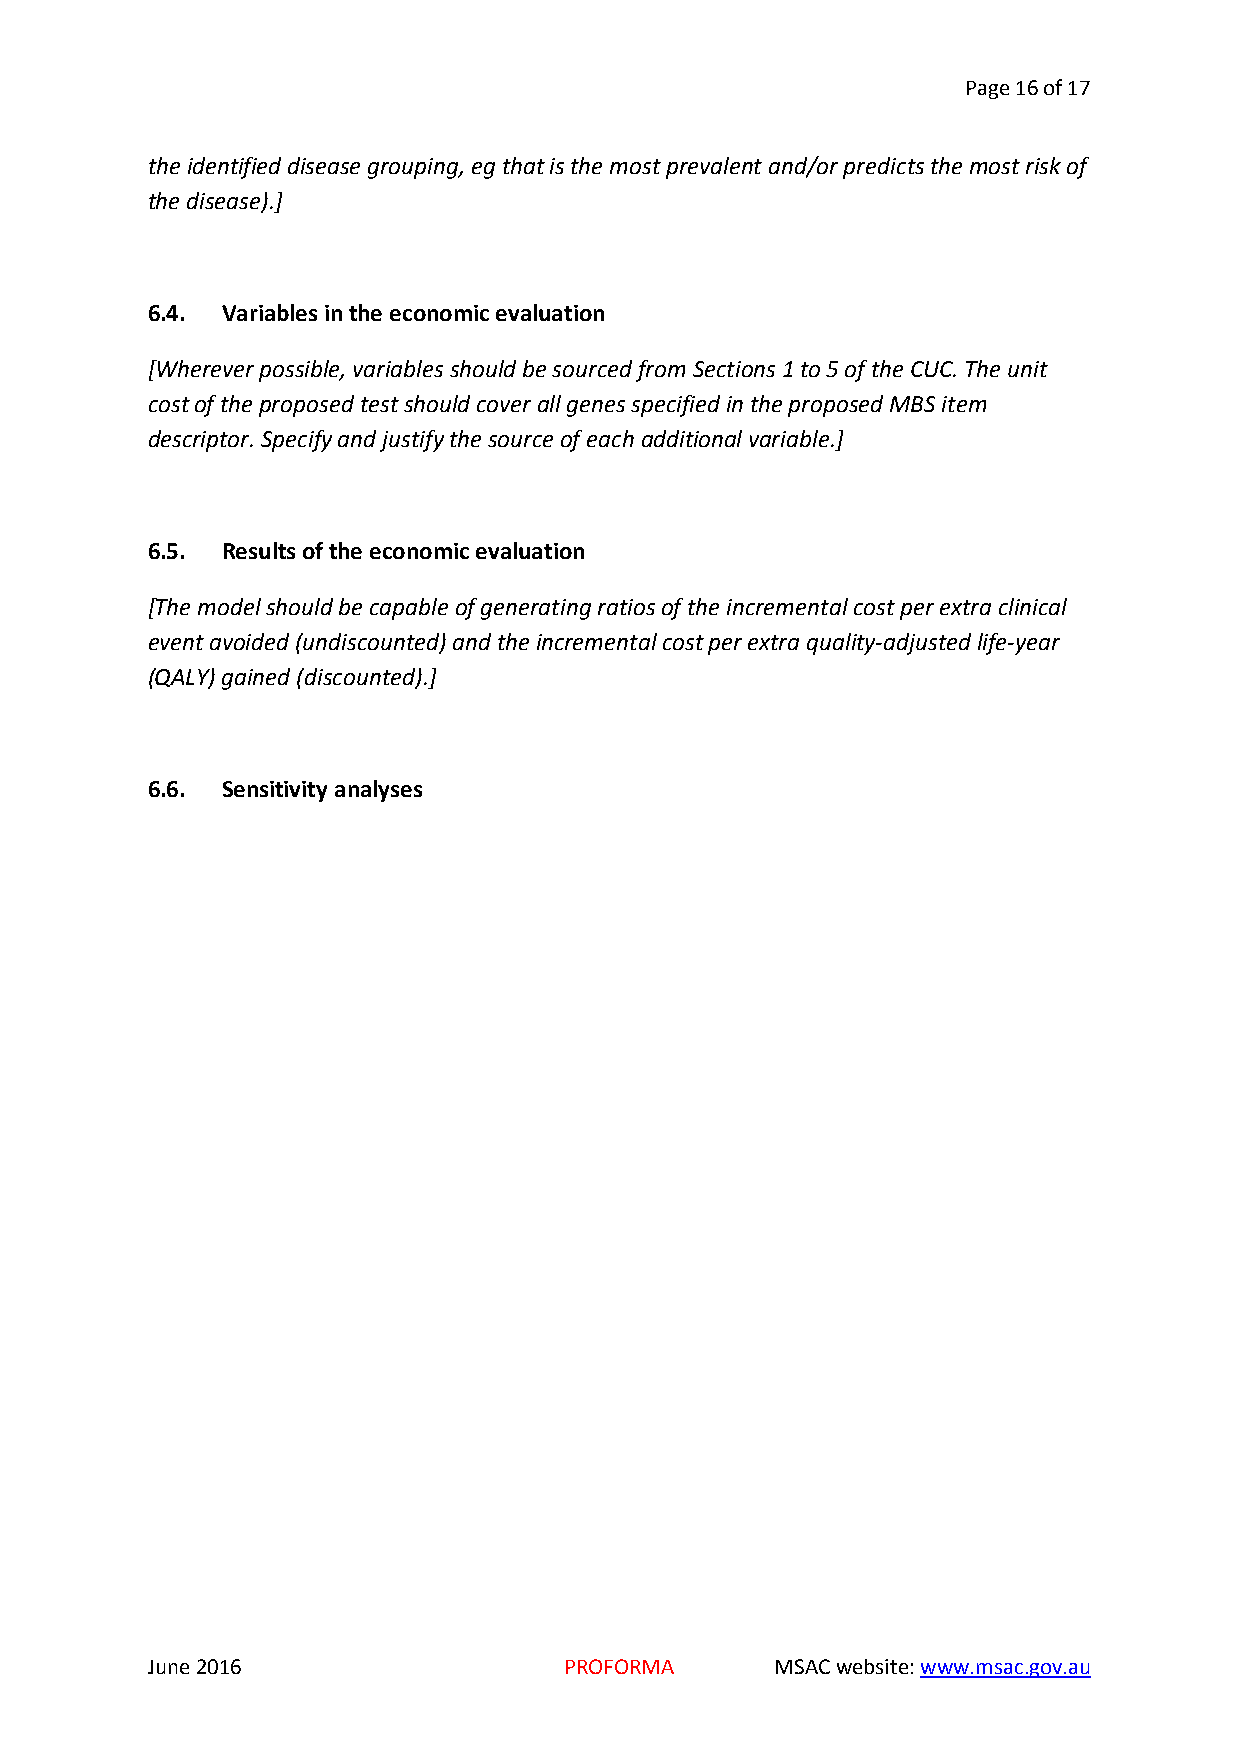
Page 16 of 17
 the identified disease grouping, eg that is the most prevalent and/or predicts the most risk of
 the disease).]
 6.4. Variables in the economic evaluation
 [Wherever possible, variables should be sourced from Sections 1 to 5 of the CUC. The unit
 cost of the proposed test should cover all genes specified in the proposed MBS item
 descriptor. Specify and justify the source of each additional variable.]
 6.5. Results of the economic evaluation
 [The model should be capable of generating ratios of the incremental cost per extra clinical
 event avoided (undiscounted) and the incremental cost per extra quality-adjusted life-year
 (QALY) gained (discounted).]
 6.6. Sensitivity analyses
 June 2016                  PROFORMA      MSAC website: www.msac.gov.au